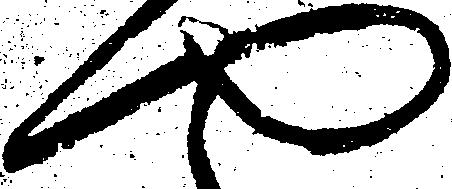
や